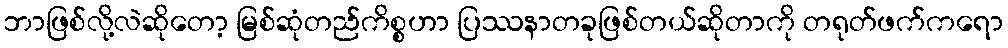
ဘာဖြစ်လို့လဲဆိုတော့ မြစ်ဆုံတည်ကိစ္စဟာ ပြဿနာတခုဖြစ်တယ်ဆိုတာကို တရုတ်ဖက်ကရော